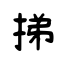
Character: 挮